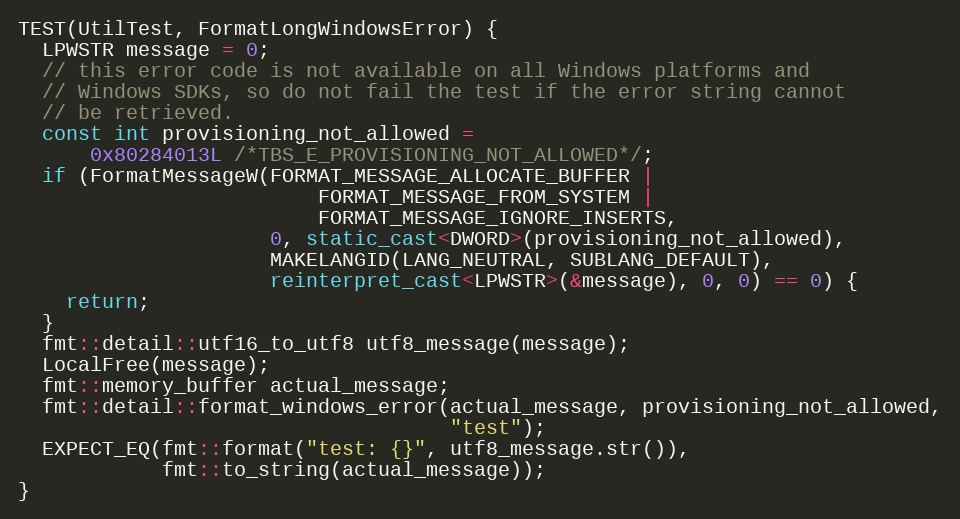
Language: C++
TEST(UtilTest, FormatLongWindowsError) {
  LPWSTR message = 0;
  // this error code is not available on all Windows platforms and
  // Windows SDKs, so do not fail the test if the error string cannot
  // be retrieved.
  const int provisioning_not_allowed =
      0x80284013L /*TBS_E_PROVISIONING_NOT_ALLOWED*/;
  if (FormatMessageW(FORMAT_MESSAGE_ALLOCATE_BUFFER |
                         FORMAT_MESSAGE_FROM_SYSTEM |
                         FORMAT_MESSAGE_IGNORE_INSERTS,
                     0, static_cast<DWORD>(provisioning_not_allowed),
                     MAKELANGID(LANG_NEUTRAL, SUBLANG_DEFAULT),
                     reinterpret_cast<LPWSTR>(&message), 0, 0) == 0) {
    return;
  }
  fmt::detail::utf16_to_utf8 utf8_message(message);
  LocalFree(message);
  fmt::memory_buffer actual_message;
  fmt::detail::format_windows_error(actual_message, provisioning_not_allowed,
                                    "test");
  EXPECT_EQ(fmt::format("test: {}", utf8_message.str()),
            fmt::to_string(actual_message));
}